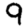
Digit: 9